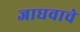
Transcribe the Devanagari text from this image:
जाधवाचे